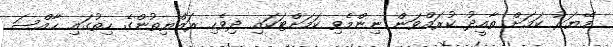
މޭޔަރު ކަމަށް ތާއީދު ކުރައްވަން ނިންމެވި ކަމަށްޓަކައި ދިވެހި ރައްޔިތުންގެ ހިތުގައި ހާއްސަ